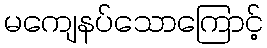
မကျေနပ်သောကြောင့်